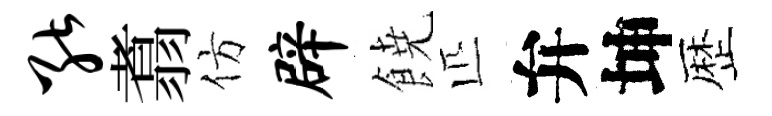
能翥仿辟𩜙匹弁坤歴